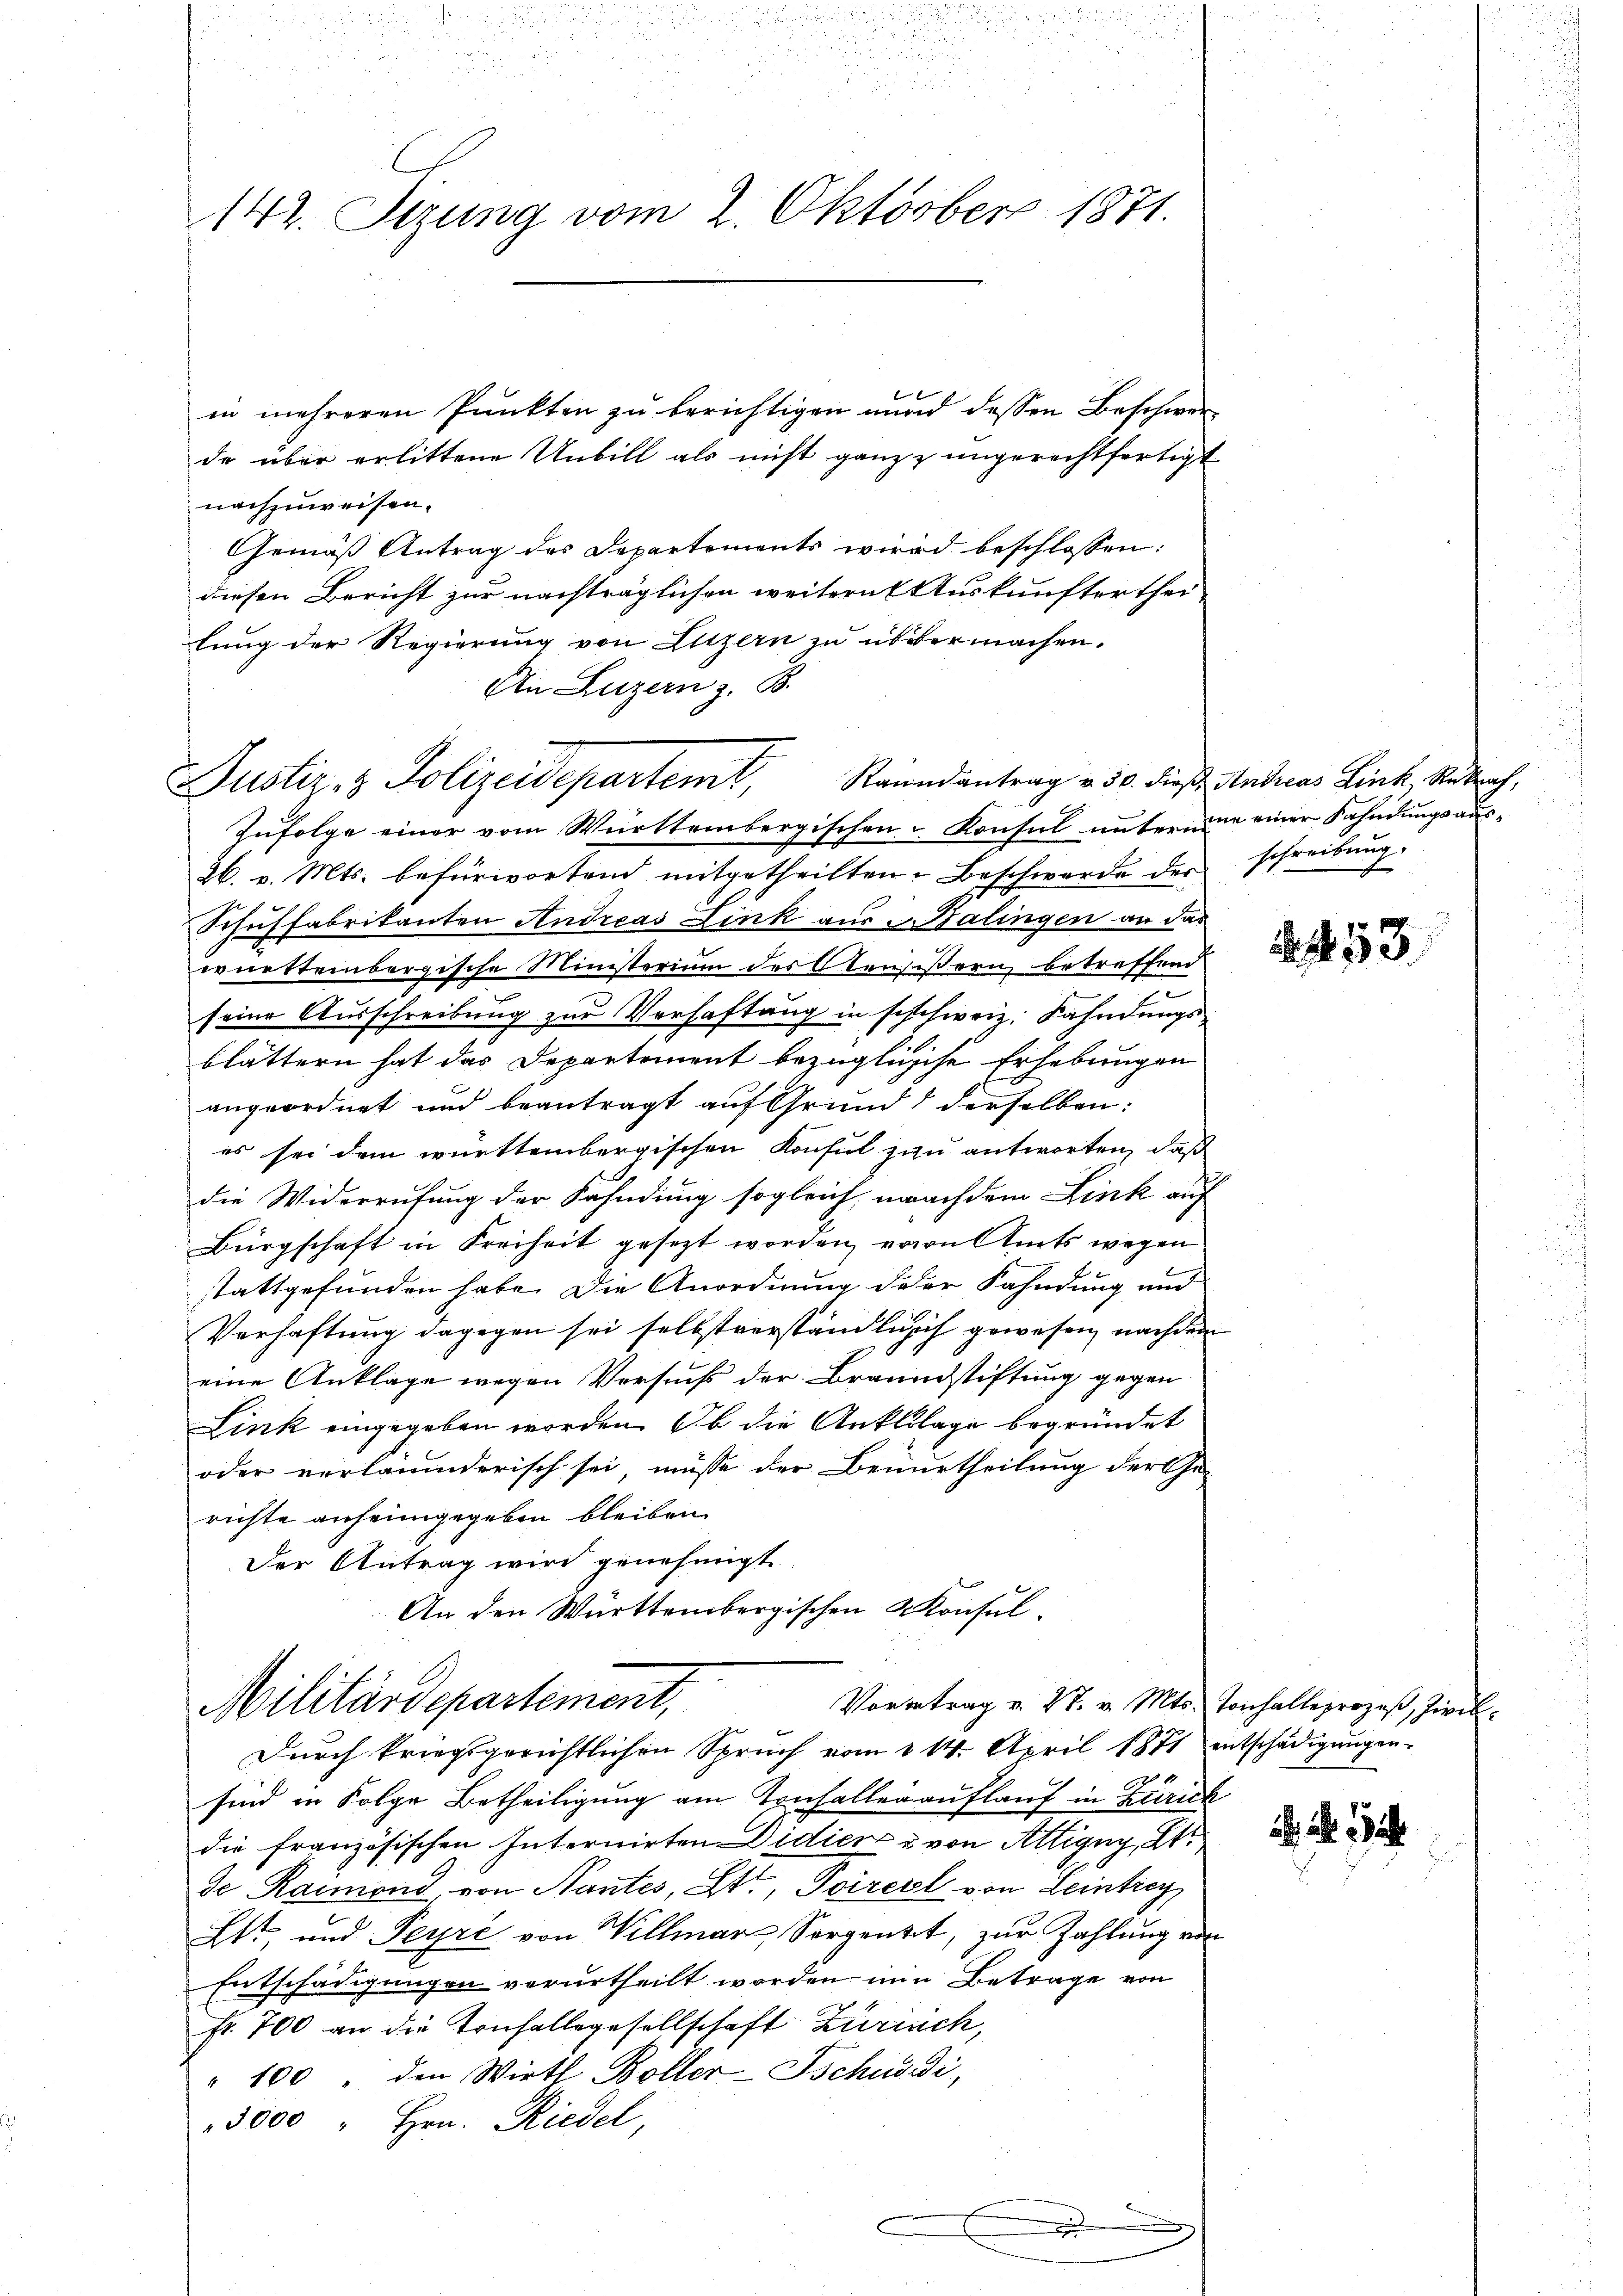
142. Sizung vom 2. Oktober 1871.

l
in mehreren Punkten zu berichtigen mund dessen Beschwer-
de über erlittene Unbill als nicht ganz ungerechtfertigt
nachzuweisen.
Gemäß Antrag des Departements wird beschlossen:
diesen Bericht zur nachträglichen weitern Auskunfterthei-
lung der Regierung von Luzern zu übermachen.
An Luzern z. B.
Justiz- & Polizeidepartemt, Randantrag v. 30. Diese Andreas Link, Retrach,
Zufolge einer vom Württembergischen - Konsul untermie einer Fahndungsaus¬
26. v. Mts. befürwortend mitgetheilten Beschwerde des schreibung.
Schuhfabrikanten Andreas Link aus Balingen an das
württembergische Ministerium des Aeussern, betreffend
seine Ausschreibung zur Verhaftung in seschweiz. Kahndungsblättern hat das Departement bezüglische Erhebungen
angeordnet und beantragt auf Grund derselben:
es sei dem württembergischen Konsul zu antworten, daß
die Widerrufung der Fahndung sogleich nach dem Link auf
Bürgschaft in Freiheit gesezt worden, von Amts wegen
stattgefunden habe. Die Anordnung deser Fahndung und
Verhaftung dagegen sei selbstverständlich ich gewesen, nachdem
eine Ankläge wegen Versuchs der Braundstiftung gegen
Link eingegeben worden. Ob die Anklage begründet
oder verläumderisch sei, müsse der Benurtheilung der Ge-
richte anheimgegeben bleiben
Der Antrag wird genehmigt
An den Württembergischen Konsul-
Militärdepartement,
Vorgetrag v. 27. v. Mts. Tonhalleprozeß, Zivil¬
Durch kriegsgerichtlichen Spruch vom 214. April 1871 entschädigungen
sind in Folge Betheiligung am Tonhaller auflauf in Zürich
die französischen Internirten Didier u. von Attigny, St.
de Raimond, von Nantes, St. Poiresl von Leintrey
Ett, und Peyre von Willmar Sorgente, zur Zahlung von
Entschädigungen verurtheilt worden ein Betrage von
fr. 700 an die Tonhallsgesellschaft Zürich,
" 100 den Wirth Boller-Tschudi,
3000 " Hrn. Riedel,

.

53.